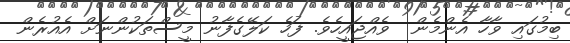
ބިމުގައި ވާހާ އެންމެން  ވެއްޖައީހެވެ. ފަހެ ކަލޭގެފާނު މީސްތަކުންނަށް އެއުރެން